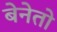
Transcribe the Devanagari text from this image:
बेनेतो